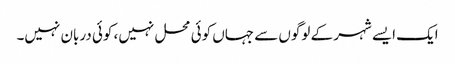
ایک ایسے شہر کے لوگوں سے جہاں کوئی محل نہیں، کوئی دربان نہیں۔